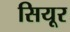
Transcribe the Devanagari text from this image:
सियूर